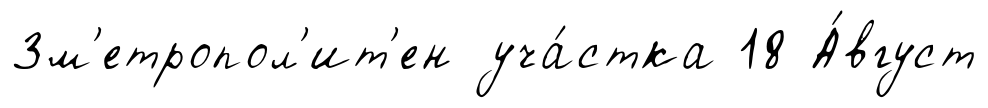
3м'етропол'ит'ен уча́стка 18 А́вгуст